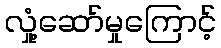
လှုံ့ဆော်မှုကြောင့်